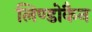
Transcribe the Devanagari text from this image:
लिण्डोकैन